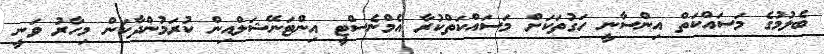
ބެލުމުގެ މަސައްކަތް އިންސާނީ ހަގުތަކަށް މަސައްކަތްކުރާ އެމްނެސްޓީ އިންޓަނޭޝަލްއިން ކުރަމުންދާކަން މިހާރު ވަނީ